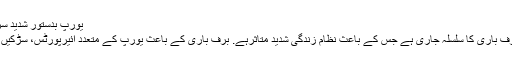
یورپ بدستور شدید سردی کی لپیٹ میں
یورپ میں شدید برف باری کا سلسلہ جاری ہے جس کے باعث نظام زندگی شدید متاثرہے. برف باری کے باعث یورپ کے متعدد ائیرپورٹس، سڑکیں اور ٹرینں بند ہیں۔